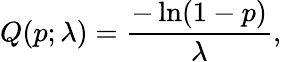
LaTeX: Q(p;\lambda)={\frac{-\ln(1-p)}{\lambda}},